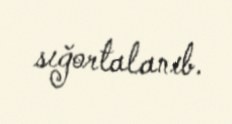
sığortalanıb.